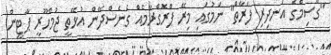
"ގާސިމްގެ އަނދިރި ފަރާތް" ނަމުގައި މިރޭ ޕްރޮގްރާމެއް ގެނެސްދޭން އުޅޭތީ ޖުމްހޫރީ ޕާޓީން